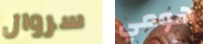
سروال هومي